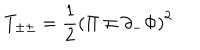
T _ { \pm \pm } = { \frac { 1 } { 2 } } \left( \Pi \mp \partial _ { - } \Phi \right) ^ { 2 }